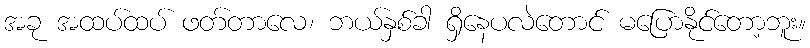
အခု အထပ်ထပ် ဖတ်တာလေ၊ ဘယ်နှစ်ခါ ရှိနေပလဲတောင် မပြောနိုင်တော့ဘူး။